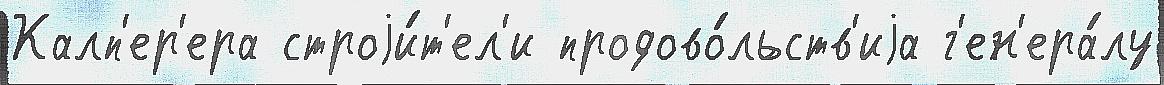
Калп'ер'ера строjи́т'ел'и продово́льств'иjа г'ен'ера́лу